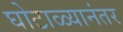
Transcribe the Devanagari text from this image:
घोटाळ्यानंतर